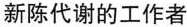
新陈代谢的工作者